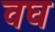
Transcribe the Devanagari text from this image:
वघ